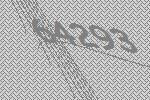
64293